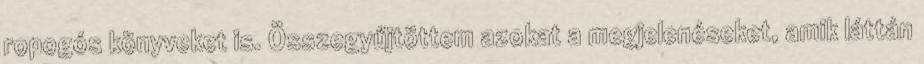
ropogós könyveket is. Összegyűjtöttem azokat a megjelenéseket, amik láttán